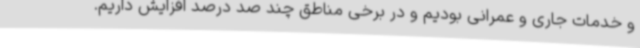
و خدمات جاری و عمرانی بودیم و در برخی مناطق چند صد درصد افزایش داریم.